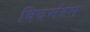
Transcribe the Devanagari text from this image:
विदर्भरंग